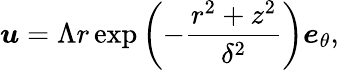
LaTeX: \boldsymbol{u}=\Lambda r\exp\left(-\frac{r^{2}+z^{2}}{\delta^{2}}\right)\boldsymbol{e}_{\theta},